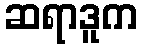
ဆရာဒူက